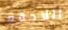
اللاحقة